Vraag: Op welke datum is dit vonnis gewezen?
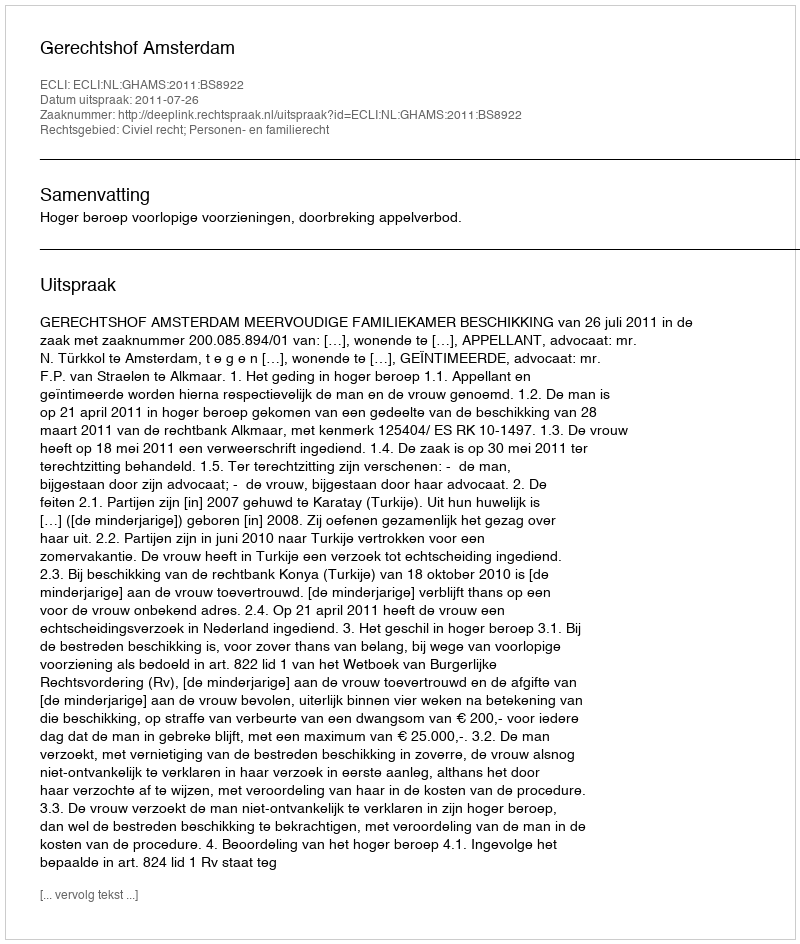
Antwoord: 2011-07-26